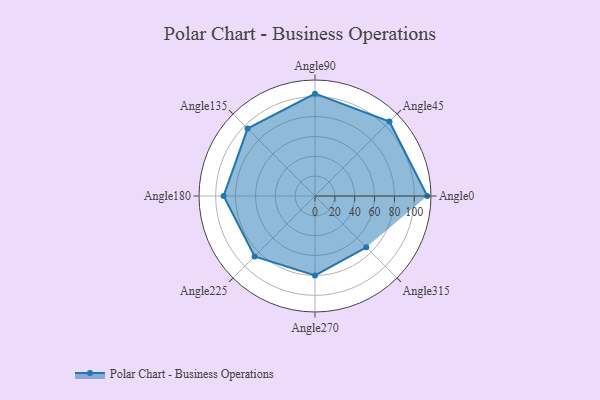
{"axis": {"x": "Angle", "y": "Radius"}, "legend": [""], "data": [{"x": "Angle0", "y": 113.0, "type": ""}, {"x": "Angle45", "y": 106.0, "type": ""}, {"x": "Angle90", "y": 103.0, "type": ""}, {"x": "Angle135", "y": 96.0, "type": ""}, {"x": "Angle180", "y": 92.0, "type": ""}, {"x": "Angle225", "y": 86.0, "type": ""}, {"x": "Angle270", "y": 80.0, "type": ""}, {"x": "Angle315", "y": 73.0, "type": ""}]}